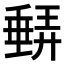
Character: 𱗼